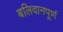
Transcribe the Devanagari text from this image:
बलिदानपूर्ण